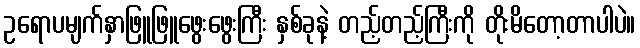
ဥရောပမျက်နှာဖြူဖြူဖွေးဖွေးကြီး နှစ်ခုနဲ့ တည့်တည့်ကြီးကို တိုးမိတော့တာပါပဲ။